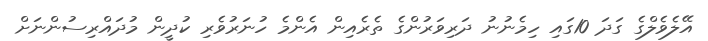
އޭލެވެލްގެ ގަދަ 10ގައި ހިމެނުނު ދަރިވަރުންގެ ތެރެއިން އެންމެ ހުނަރުވެރި ކުދީން މުދައްރިސުންނަށް